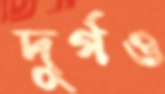
দুর্গও